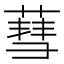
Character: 蔧